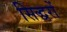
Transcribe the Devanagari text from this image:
सिद्धरों